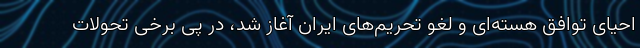
احیای توافق هسته‌ای و لغو تحریم‌های ایران آغاز شد، در پی برخی تحولات